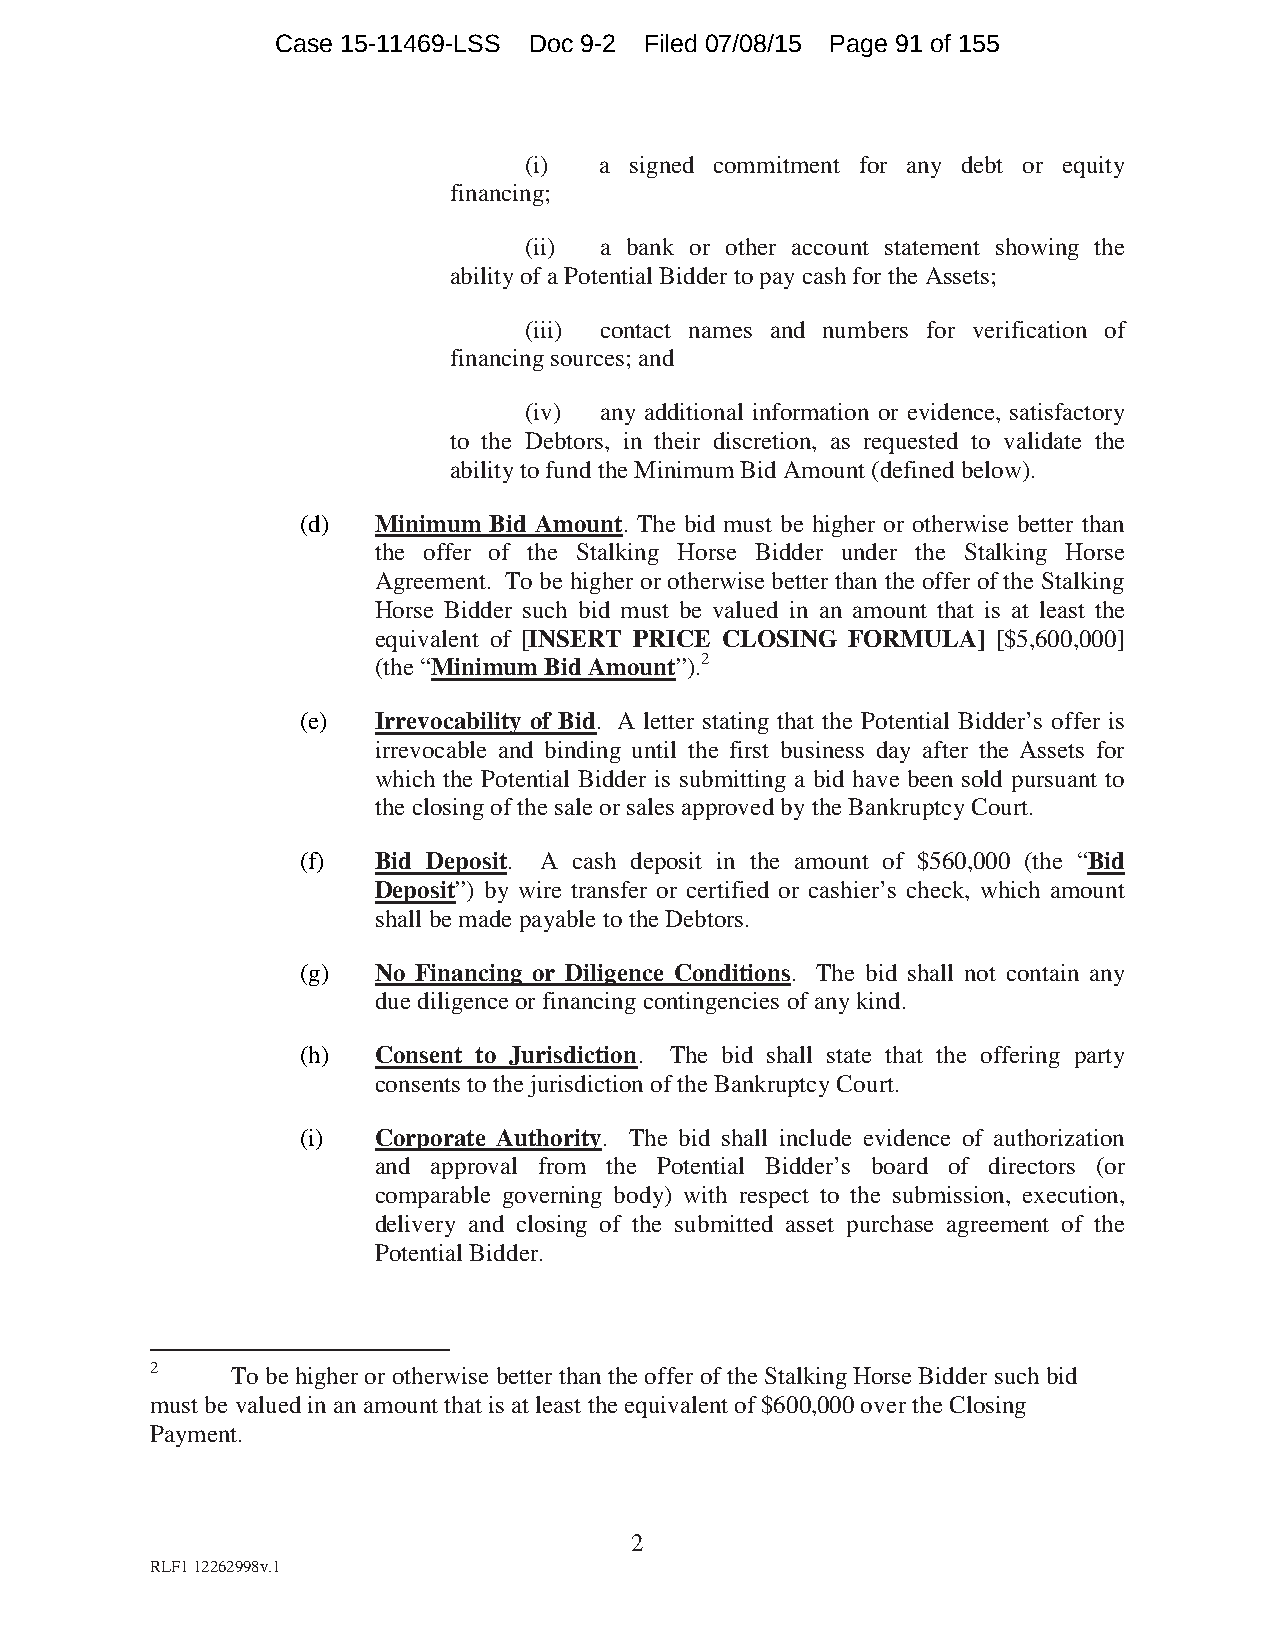
Case 15-11469-LSS Doc 9-2 Filed 07/08/15 Page 91 of 155
 (i)  a signed commitment for any debt or equity
 financing;
 (ii) a bank or other account statement showing the
 ability of a Potential Bidder to pay cash for the Assets;
 (iii) contact names and numbers for verification of
 financing sources; and
 (iv) any additional information or evidence, satisfactory
 to the Debtors, in their discretion, as requested to validate the
 ability to fund the Minimum Bid Amount (defined below).
 (d)  Minimum Bid Amount. The bid must be higher or otherwise better than
 the offer of the Stalking Horse Bidder under the Stalking Horse
 Agreement. To be higher or otherwise better than the offer of the Stalking
 Horse Bidder such bid must be valued in an amount that is at least the
 equivalent of [INSERT PRICE CLOSING FORMULA] [$5,600,000]
 (the “Minimum Bid Amount”).2
 (e)  Irrevocability of Bid. A letter stating that the Potential Bidder’s offer is
 irrevocable and binding until the first business day after the Assets for
 which the Potential Bidder is submitting a bid have been sold pursuant to
 the closing of the sale or sales approved by the Bankruptcy Court.
 (f)  Bid Deposit. A cash deposit in the amount of $560,000 (the “Bid
 Deposit”) by wire transfer or certified or cashier’s check, which amount
 shall be made payable to the Debtors.
 (g)  No Financing or Diligence Conditions. The bid shall not contain any
 due diligence or financing contingencies of any kind.
 (h)  Consent to Jurisdiction. The bid shall state that the offering party
 consents to the jurisdiction of the Bankruptcy Court.
 (i)  Corporate Authority. The bid shall include evidence of authorization
 and approval from the Potential Bidder’s board of directors (or
 comparable governing body) with respect to the submission, execution,
 delivery and closing of the submitted asset purchase agreement of the
 Potential Bidder.
 2    To be higher or otherwise better than the offer of the Stalking Horse Bidder such bid
 must be valued in an amount that is at least the equivalent of $600,000 over the Closing
 Payment.
 2
 RLF1 12262998v.1